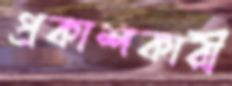
প্রকাশকারী